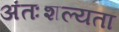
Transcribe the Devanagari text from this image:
अंतःशल्यता